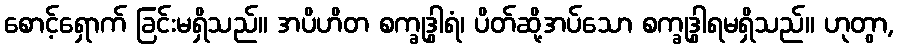
စောင့်ရှောက် ခြင်းမရှိသည်။ အပိဟိတ စက္ခုဒွါရံ၊ ပိတ်ဆို့အပ်သော စက္ခုဒွါရမရှိသည်။ ဟုတွာ,